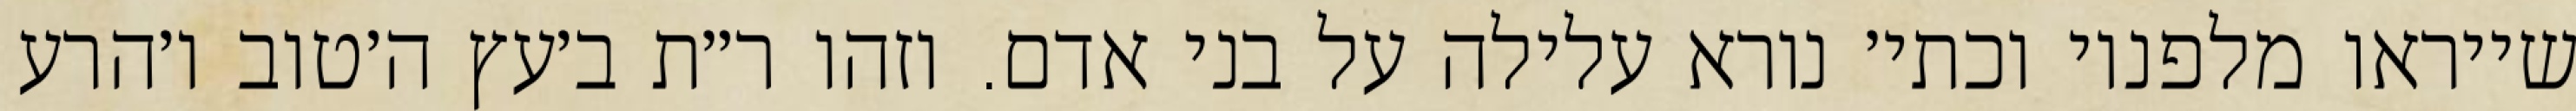
שייראו מלפניו וכתי׳ נורא עלילה על בני אדם. וזהו ר״ת ב׳עץ ה׳טוב ו׳הרע